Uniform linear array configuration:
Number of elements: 4
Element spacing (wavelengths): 0.75
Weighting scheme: hamming
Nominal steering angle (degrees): -15
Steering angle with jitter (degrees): -14.419
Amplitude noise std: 0.05
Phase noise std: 0.05

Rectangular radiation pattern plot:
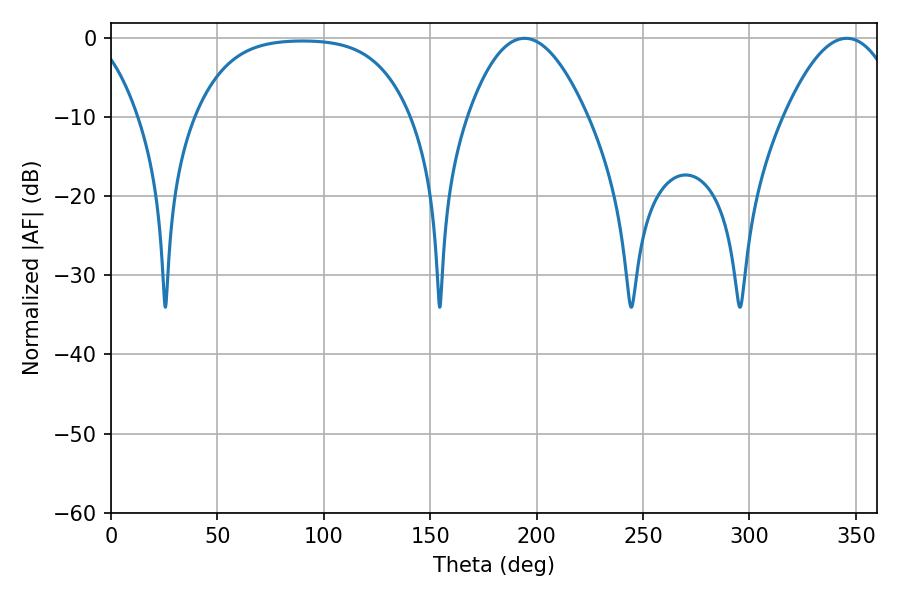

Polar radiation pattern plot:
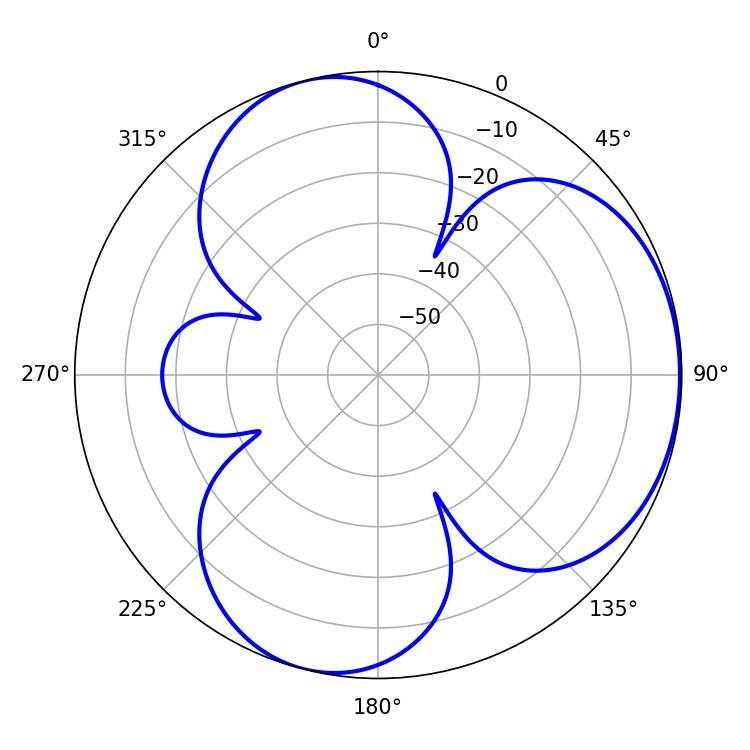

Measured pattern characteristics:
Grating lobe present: TRUE
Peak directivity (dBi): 4.404
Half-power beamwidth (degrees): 30.78
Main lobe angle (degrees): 194.22